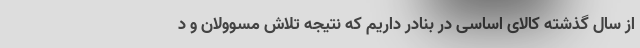
از سال گذشته کالای اساسی در بنادر داریم که نتیجه تلاش مسوولان و د